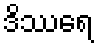
ဒိဿရေ